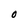
Character: 0